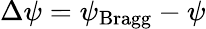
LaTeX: \Delta\psi=\psi_{\mathrm{Bragg}}-\psi